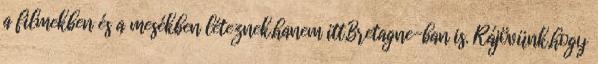
a filmekben és a mesékben léteznek,hanem itt,Bretagne-ban is. Rájövünk,hogy